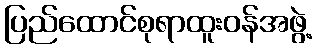
ပြည်ထောင်စုရာထူးဝန်အဖွဲ့